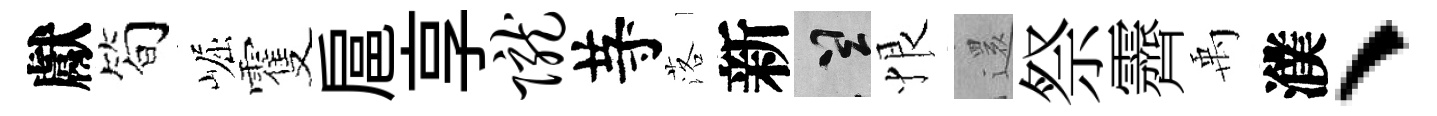
獻简崛䨥扈享陇䒭落新誠恨𮟃祭霽禹濮、